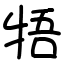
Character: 牾